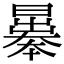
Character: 曓